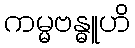
ကမ္မဗန္ဓူဟိ